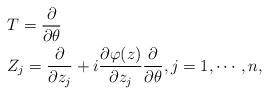
LaTeX: \begin{align*}&T=\frac{\partial}{\partial\theta}\\&Z_j=\frac{\partial}{\partial z_j}+i\frac{\partial\varphi(z)}{\partial z_j}\frac{\partial}{\partial\theta},j=1,\cdots,n,\end{align*}